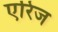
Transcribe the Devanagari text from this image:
एरिज